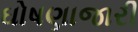
ઘોષણાજારી